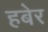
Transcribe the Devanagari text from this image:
हबेर